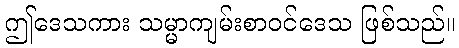
ဤဒေသကား သမ္မာကျမ်းစာဝင်ဒေသ ဖြစ်သည်။